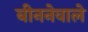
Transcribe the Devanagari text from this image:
बीननेवाले